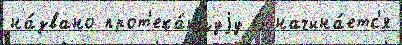
на́звано прот'ека́ющуjу 6 начина́етс'я